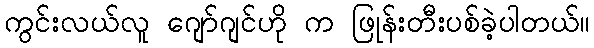
ကွင်းလယ်လူ ဂျော်ဂျင်ဟို က ဖြုန်းတီးပစ်ခဲ့ပါတယ်။